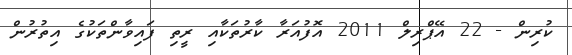
ކުރިން - 22 އޭޕްރިލް 2011 އޮފުއަރާ ކާރުތަކާއި ރީތި ފައިވާންތަކުގެ އިތުރުން